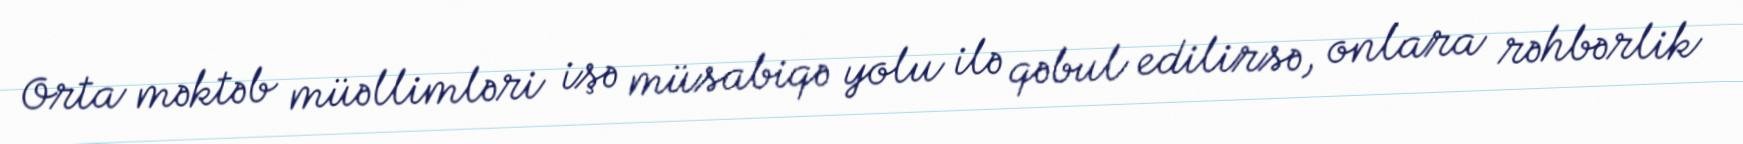
Orta məktəb müəllimləri işə müsabiqə yolu ilə qəbul edilirsə, onlara rəhbərlik